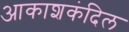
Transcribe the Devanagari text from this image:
आकाशकंदिल